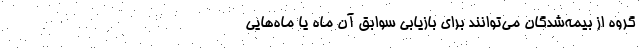
گروه از بیمه‌شدگان می‌توانند برای بازیابی سوابق آن ماه یا ماه‌هایی